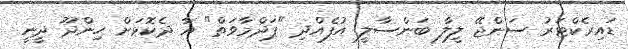
ޑައިރެކްޓަރު ސަންޖޭ ލީލާ ބަންސާލީ އުފެއްދި "ޕަދްމާވަތް" އާ ދެކޮޅަށް ހިންދޫ ދީނީ